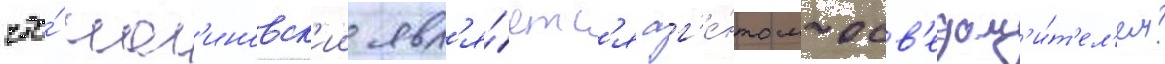
что́ мал'иновск'ии явл'я́етс'я аг'е́нтом-осв'едом'и́т'ел'ем